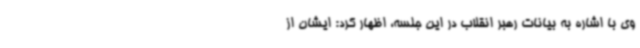
وی با اشاره به بیانات رهبر انقلاب در این جلسه، اظهار کرد: ایشان از